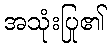
အသုံးပြု၏